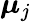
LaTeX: \boldsymbol{\mu}_{j}